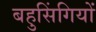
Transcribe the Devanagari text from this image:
बहुसिंगियों